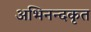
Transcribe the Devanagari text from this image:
अभिनन्दकृत